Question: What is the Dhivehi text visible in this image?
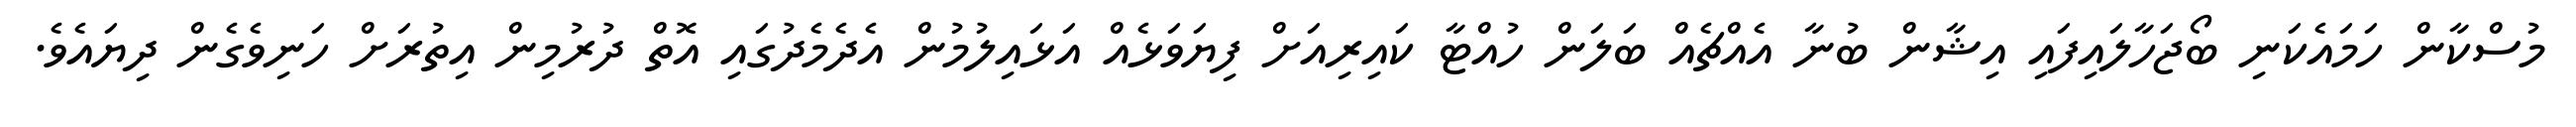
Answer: މުސްކާން ހަމައެކަނި ބޯޖަހާލައިފައި އިޝާން ބުނާ އެއްޗެއް ބަލަން ހުއްޓާ ކައިރިއަށް ފިޔަވަޅެއް އަޅައިލުމުން އެދެމެދުގައި އޮތް ދުރުމިން އިތުރަށް ހަނިވެގެން ދިޔައެވެ.